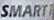
SMART